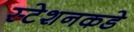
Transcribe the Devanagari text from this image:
स्टेशनकडे